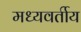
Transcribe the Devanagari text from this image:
मध्यवर्तीय